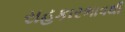
સહકારભાવથી